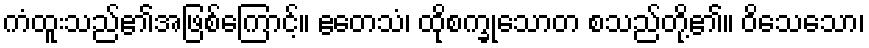
ကံထူးသည်၏အဖြစ်ကြောင့်။ ဧတေသံ၊ ထိုစက္ခုသောတ စသည်တို့၏။ ဝိသေသော၊